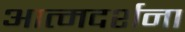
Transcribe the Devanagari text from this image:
आत्मदर्शना